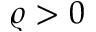
\varrho > 0